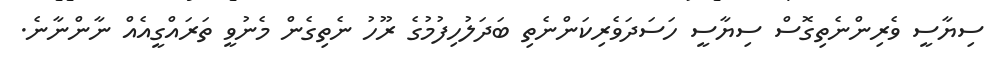
ސިޔާސީ ވެރިންނެތިގޮސް ސިޔާސީ ހަސަދަވެރިކަންނެތި ބަދަލުހިފުމުގެ ރޫހު ނެތިގެން މެނުވީ ތަރައްގީއެއް ނާންނާނެ.